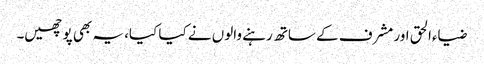
ضیاءالحق اور مشرف کے ساتھ رہنے والوں نے کیا کیا، یہ بھی پوچھیں۔